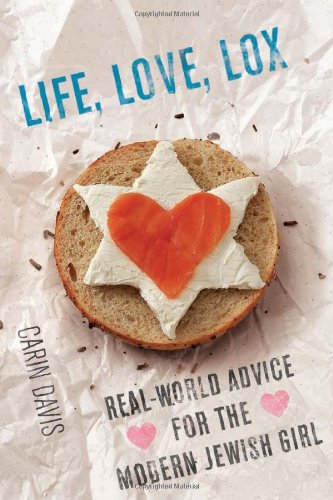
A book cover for Life, Love, Lox: Real-World Advice for the Modern Jewish Girl; Carin Davis; Religion & Spirituality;